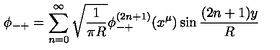
\phi _ { - + } = \sum _ { n = 0 } ^ { \infty } \sqrt { \frac { 1 } { \pi R } } \phi _ { - + } ^ { ( 2 n + 1 ) } ( x ^ { \mu } ) \sin \frac { ( 2 n + 1 ) y } { R }